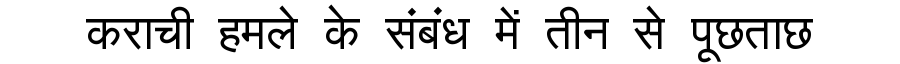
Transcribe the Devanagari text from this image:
कराची हमले के संबंध में तीन से पूछताछ